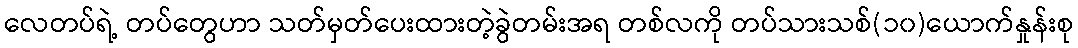
လေတပ်ရဲ့ တပ်တွေဟာ သတ်မှတ်ပေးထားတဲ့ခွဲတမ်းအရ တစ်လကို တပ်သားသစ်(၁၀)ယောက်နှုန်းစု